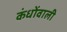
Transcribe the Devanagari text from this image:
कंधोंवाली